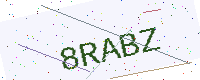
Text: 8RABZ